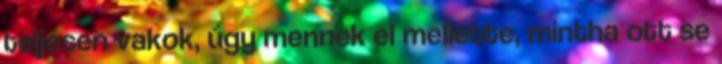
teljesen vakok, úgy mennek el mellette, mintha ott se